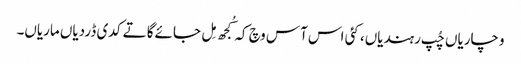
وچاریاں چُپ رہندیاں، کئی اس آس وچ کہ کُجھ مِل جائےگا تے کدی ڈردیاں ماریاں۔